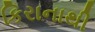
કિરાનાથી